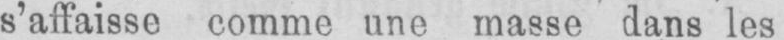
s’affaisse comme une masse dans les